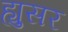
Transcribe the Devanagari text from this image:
ह्युसर